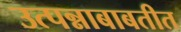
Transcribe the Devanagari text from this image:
उत्पन्नाबाबतीत